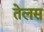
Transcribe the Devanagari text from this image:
तेलस